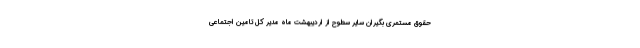
حقوق مستمری بگیران سایر سطوح از اردیبهشت ماه مدیر کل تامین اجتماعی